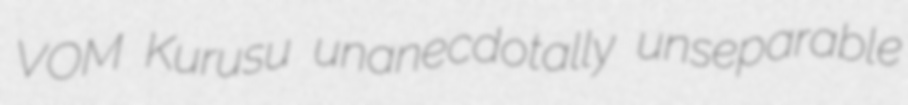
VOM Kurusu unanecdotally unseparable